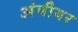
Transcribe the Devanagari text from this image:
अंपीयर